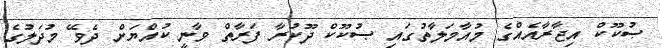
ޞުކޫކް އިޖާރާއެއްގެ މުއާމަލާތުގައި ޞުކޫކް ދޫކުރާ ފަރާތް ވާނީ ކުއްޔަށް ދެވޭ މުދަލުގެ